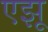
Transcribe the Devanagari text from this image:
एझू